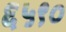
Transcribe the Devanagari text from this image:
६५९०